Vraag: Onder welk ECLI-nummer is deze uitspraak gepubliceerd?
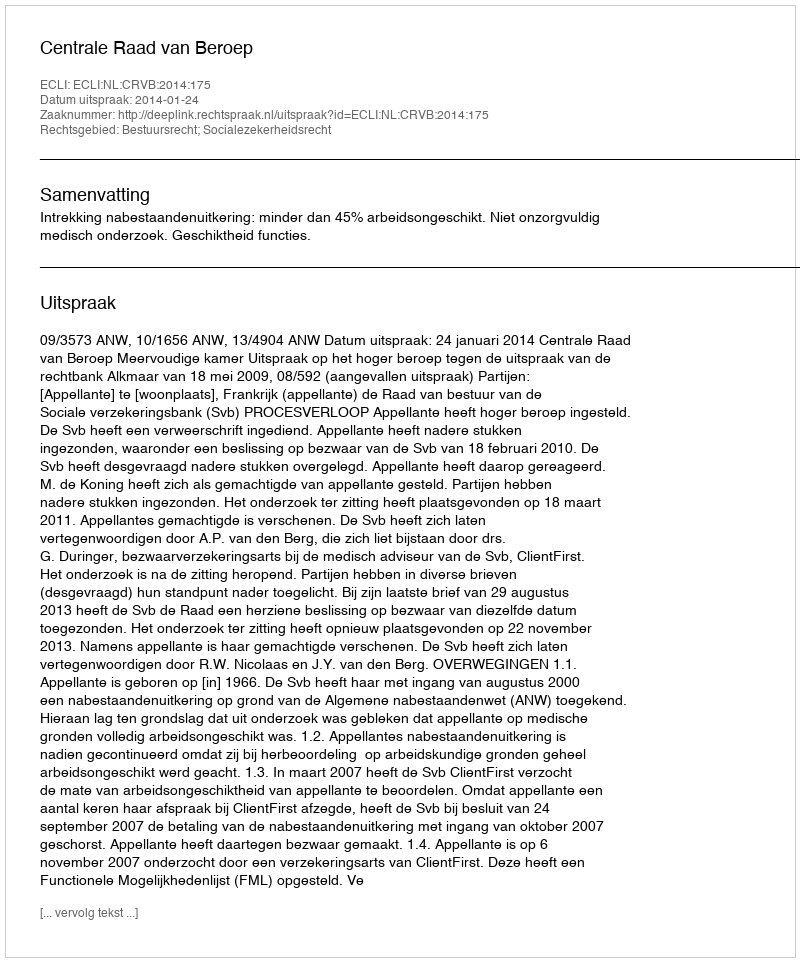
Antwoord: ECLI:NL:CRVB:2014:175